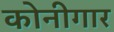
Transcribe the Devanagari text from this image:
कोनीगार